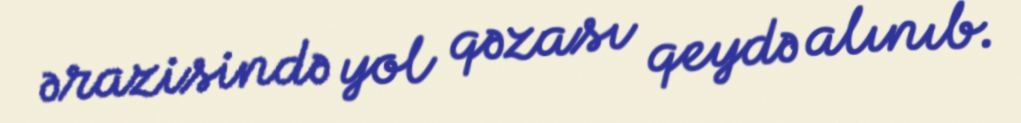
ərazisində yol qəzası qeydə alınıb.